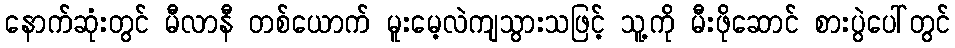
နောက်ဆုံးတွင် မီလာနီ တစ်ယောက် မူးမေ့လဲကျသွားသဖြင့် သူ့ကို မီးဖိုဆောင် စားပွဲပေါ်တွင်